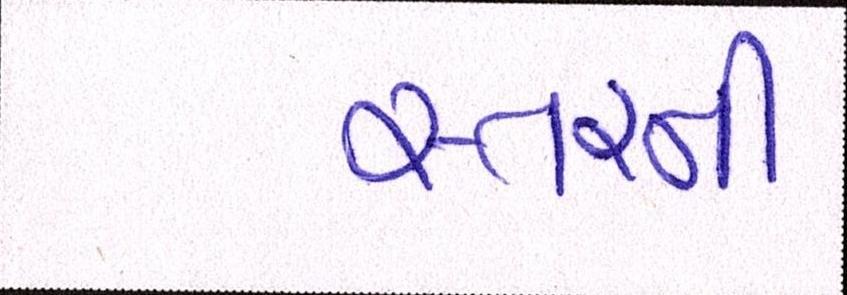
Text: સ્તરની